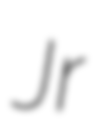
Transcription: Jr